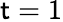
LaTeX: \mathsf{t}=1